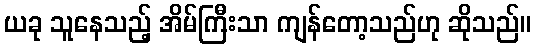
ယခု သူနေသည့် အိမ်ကြီးသာ ကျန်တော့သည်ဟု ဆိုသည်။